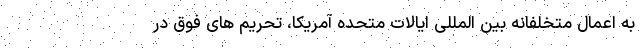
به اعمال متخلفانه بین المللی ایالات متحده آمریکا، تحریم های فوق در